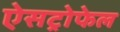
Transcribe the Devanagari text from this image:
ऐसट्रोफेल